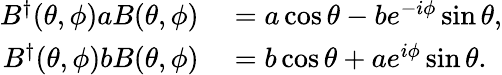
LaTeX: \begin{array}{rl}{B^{\dagger}(\theta,\phi)aB(\theta,\phi)}&{{}=a\cos\theta-be^{-i\phi}\sin\theta,}\\ {B^{\dagger}(\theta,\phi)bB(\theta,\phi)}&{{}=b\cos\theta+ae^{i\phi}\sin\theta.}\end{array}